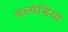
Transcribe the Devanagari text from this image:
अल्मेडिया